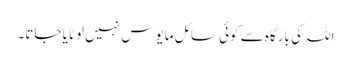
اللہ کی بارگاہ سے کوئی سائل مایوس نہیں لوٹایا جاتا۔